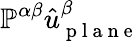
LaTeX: \mathbb{P}^{\alpha\beta}\hat{u}_{\mathrm{~p~l~a~n~e~}}^{\beta}